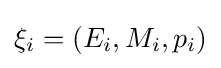
\xi _{i}=(E_{i},M_{i},p_{i})